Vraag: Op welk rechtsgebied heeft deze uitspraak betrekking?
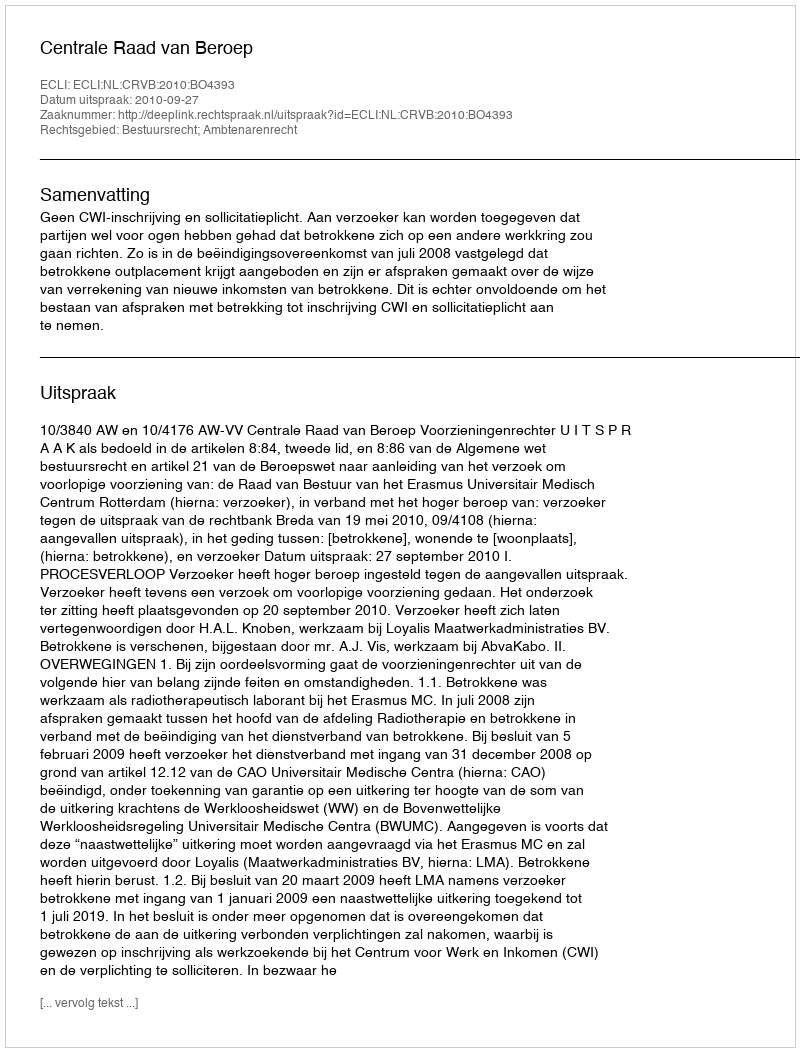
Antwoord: Bestuursrecht; Ambtenarenrecht